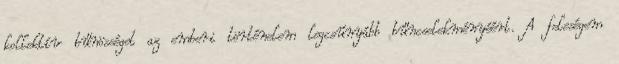
kollektív bűnösséget az emberi történelem legcsúnyább bűncselekményéért. A feleségem